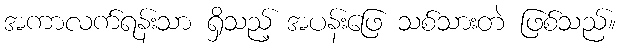
အကာလက်ရန်းသာ ရှိသည့် အပန်းဖြေ သစ်သားတဲ ဖြစ်သည်။